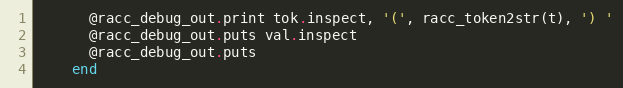
Language: Ruby
      @racc_debug_out.print tok.inspect, '(', racc_token2str(t), ') '
      @racc_debug_out.puts val.inspect
      @racc_debug_out.puts
    end